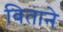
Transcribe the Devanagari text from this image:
बिताने